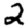
Digit: 2